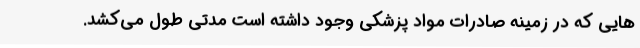
هایی که در زمینه صادرات مواد پزشکی وجود داشته است مدتی طول می‌کشد.